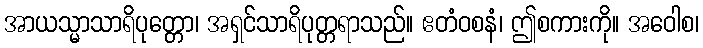
အာယသ္မာသာရိပုတ္တော၊ အရှင်သာရိပုတ္တရာသည်။ ဧတံဝစနံ၊ ဤစကားကို။ အဝေါစ၊